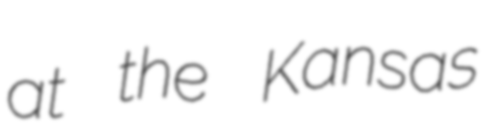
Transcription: at the Kansas